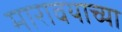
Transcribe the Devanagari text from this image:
मारावयाच्या